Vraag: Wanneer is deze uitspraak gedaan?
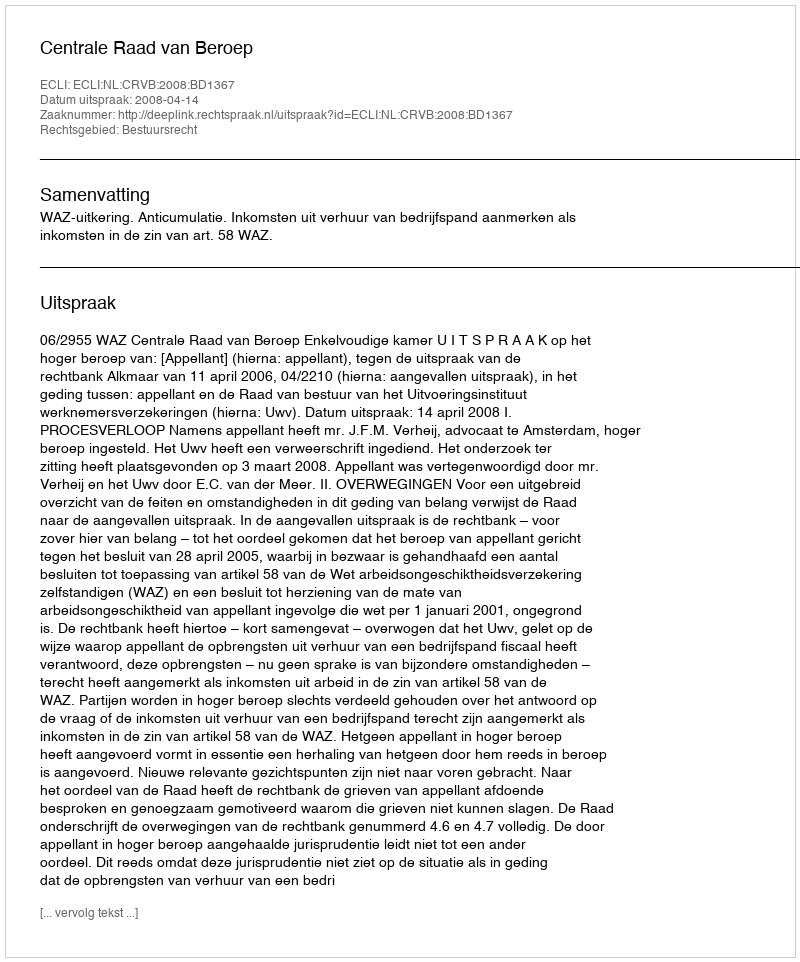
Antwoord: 2008-04-14